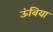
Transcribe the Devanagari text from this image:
ऊंबिया